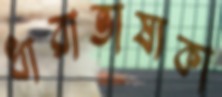
ধারাভাষ্যকা